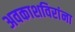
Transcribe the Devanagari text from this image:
अवकाशविरांना